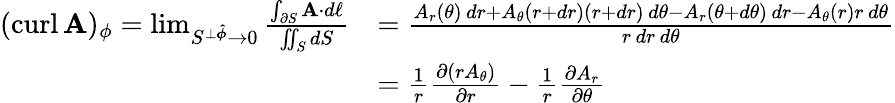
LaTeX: {\begin{array}{rl}{(\operatorname{curl}\mathbf{A})_{\phi}=\operatorname*{lim}_{S^{\perp{\boldsymbol{\hat{\phi}}}}\to 0}{\frac{\int_{\partial S}\mathbf{A}\cdot d\mathbf{\ell}}{\iint_{S}dS}}}&{={\frac{A_{r}(\theta)\, dr+A_{\theta}(r+dr)(r+dr)\, d\theta-A_{r}(\theta+d\theta)\, dr-A_{\theta}(r)r\, d\theta}{r\, dr\, d\theta}}}\\ &{={\frac{1}{r}}{\frac{\partial(rA_{\theta})}{\partial r}}-{\frac{1}{r}}{\frac{\partial A_{r}}{\partial\theta}}}\end{array}}